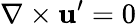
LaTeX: \nabla\times{\textbf{u}}^{\prime}=0